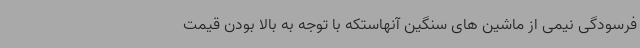
فرسودگی نیمی از ماشین های سنگین آنهاستکه با توجه به بالا بودن قیمت